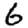
Digit: 6